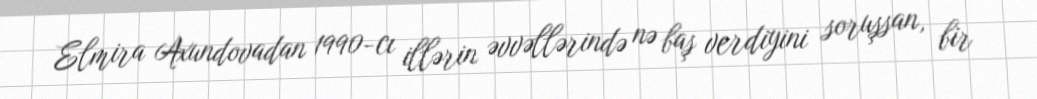
Elmira Axundovadan 1990-cı illərin əvvəllərində nə baş verdiyini soruşsan, bir